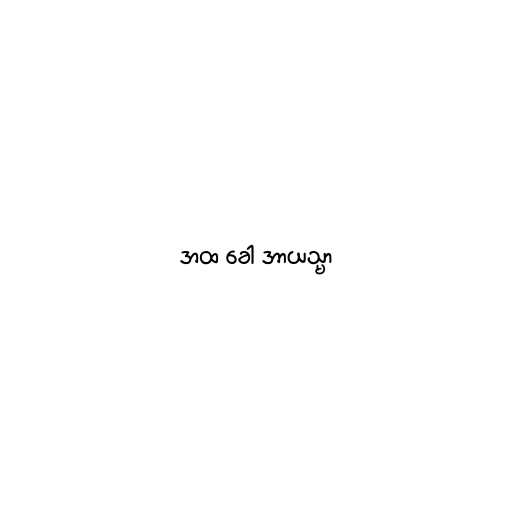
အထ ခေါ အာယသ္မာ